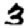
Digit: 3